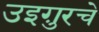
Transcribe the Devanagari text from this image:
उइग़ुरचे